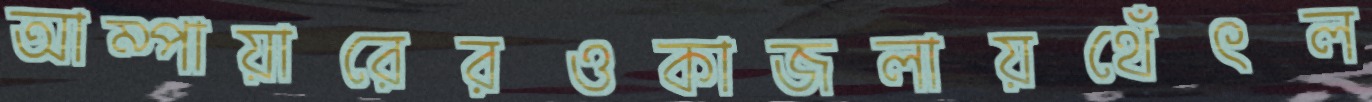
আম্পায়ারেরওকাজলায়থেঁৎল